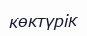
көктүрік